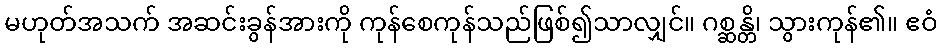
မဟုတ်အသက် အဆင်းခွန်အားကို ကုန်စေကုန်သည်ဖြစ်၍သာလျှင်။ ဂစ္ဆန္တိ၊ သွားကုန်၏။ ဧဝံ